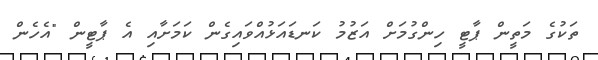
ތަކުގެ މަތީން ޕާޓީ ހިންގުމަށް އަޒުމު ކަނޑައަޅުއްވައިގެން ކަމަށާއި އެ ޕާޓީން "އެހެން